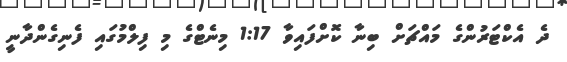
ދެ އެކްޓަރުންގެ މައްޗަށް ބިނާ ކޮށްފައިވާ 1:17 މިނެޓްގެ މި ފިލްމުގައި ފެނިގެންދާނީ